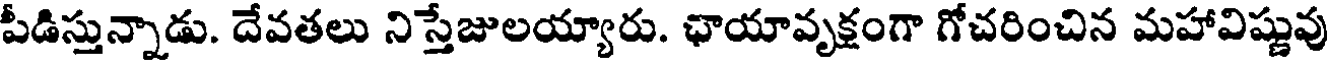
పీడిస్తున్నాడు. దేవతలు నిస్తేజులయ్యారు. ఛాయావృక్షంగా గోచరించిన మహావిష్ణువు